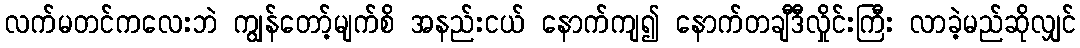
လက်မတင်ကလေးဘဲ ကျွန်တော့်မျက်စိ အနည်းငယ် နောက်ကျ၍ နောက်တချီဒီလှိုင်းကြီး လာခဲ့မည်ဆိုလျှင်